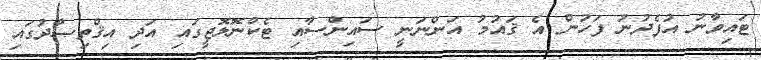
ޓައިވާނު އުފެދުނު ފަހުން އެ ޤައުމު އަންނަނީ ސައިންސާއި ޓެކްނޮލޮޖީގައި އަދި އިޤްތިޞާދުގައި